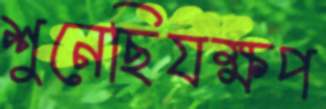
শুনেছিযক্ষপ